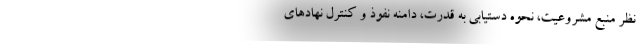
نظر منبع مشروعیت‌، نحوه دستیابی به قدرت‌، دامنه نفوذ و کنترل نهادهای